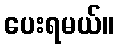
ပေးရမယ်။